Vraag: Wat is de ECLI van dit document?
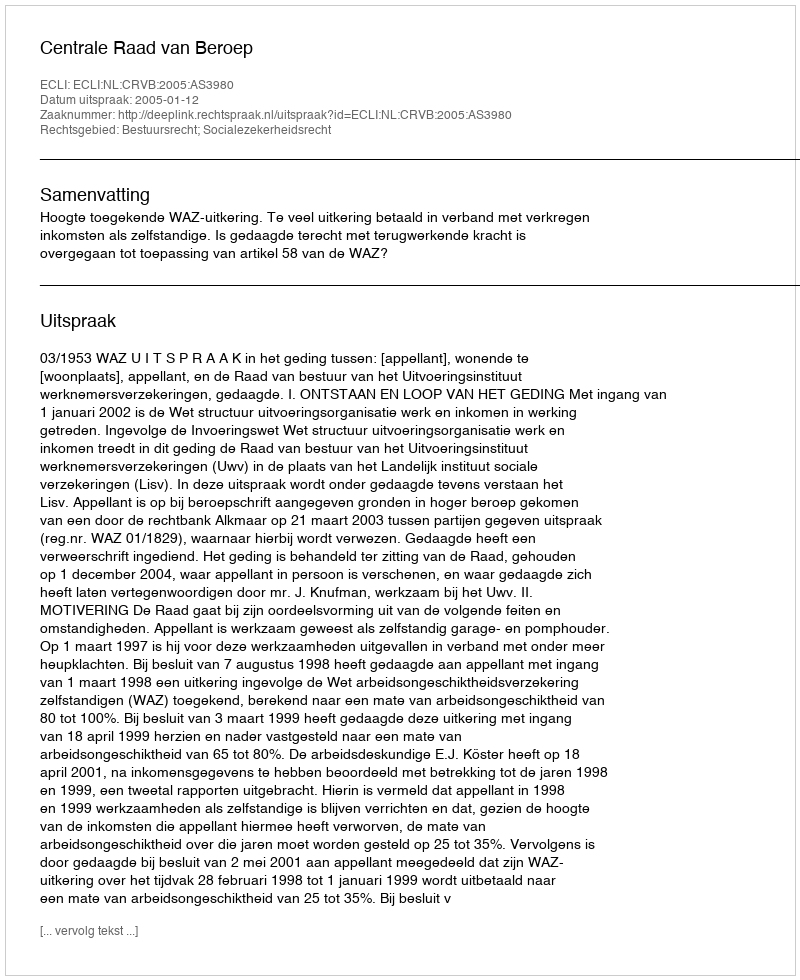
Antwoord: ECLI:NL:CRVB:2005:AS3980